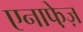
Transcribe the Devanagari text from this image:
एनाफे़ज़